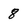
Character: 8